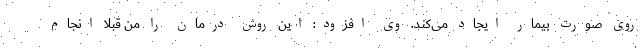
روی صورت بیمار ایجاد می‌کند. وی افزود: این روش درمان را من قبلا انجام